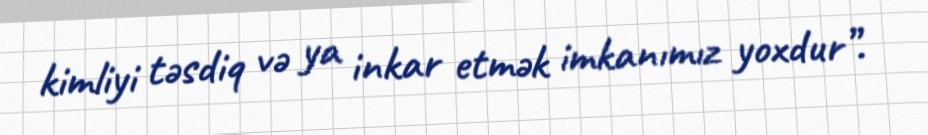
kimliyi təsdiq və ya inkar etmək imkanımız yoxdur”.